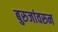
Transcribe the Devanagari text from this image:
बुरुजांवरुन